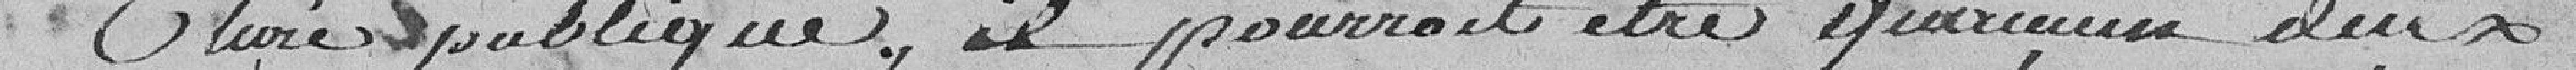
chose publique, et pourrait être ? ceux